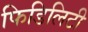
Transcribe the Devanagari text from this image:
फिडिलिटी